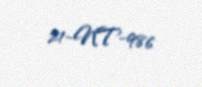
21-NT-986